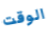
الوقت